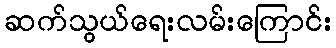
ဆက်သွယ်ရေးလမ်းကြောင်း